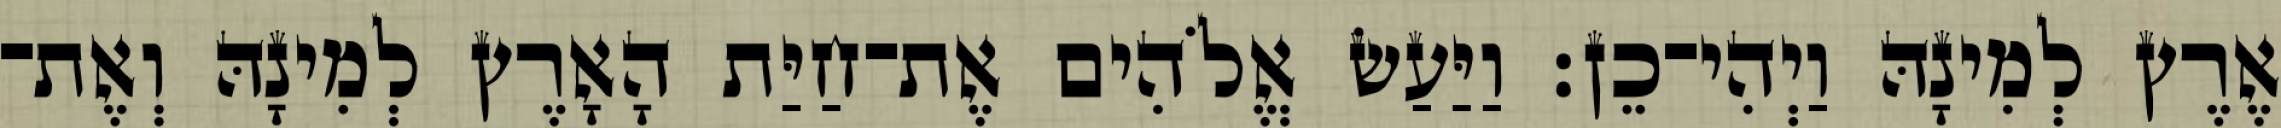
אֶרֶץ לְמִינָהּ וַיְהִי־כֵן׃ וַיַּעַשׂ אֱלֹהִים אֶת־חַיַּת הָאָרֶץ לְמִינָהּ וְאֶת־